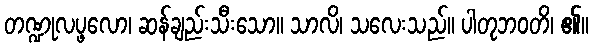
တဏ္ဍုလပ္ဖလော၊ ဆန်ချည်းသီးသော။ သာလိ၊ သလေးသည်။ ပါတုဘဝတိ၊ ၏။